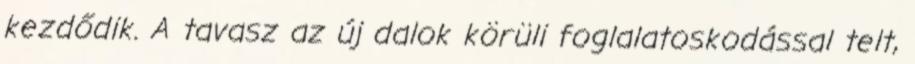
kezdődik. A tavasz az új dalok körüli foglalatoskodással telt,